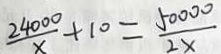
\frac { 2 4 0 0 } { x } + 1 0 = \frac { 5 0 0 0 0 } { 2 x }